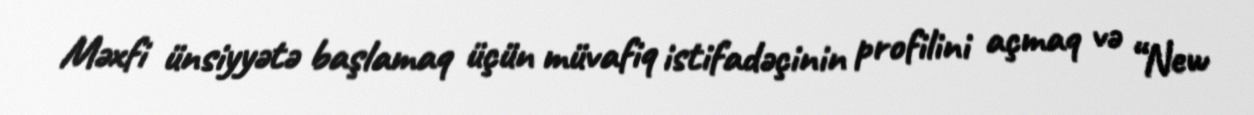
Məxfi ünsiyyətə başlamaq üçün müvafiq istifadəçinin profilini açmaq və “New